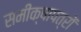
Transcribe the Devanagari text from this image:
समीक्षापत्रों